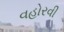
વહોરવી